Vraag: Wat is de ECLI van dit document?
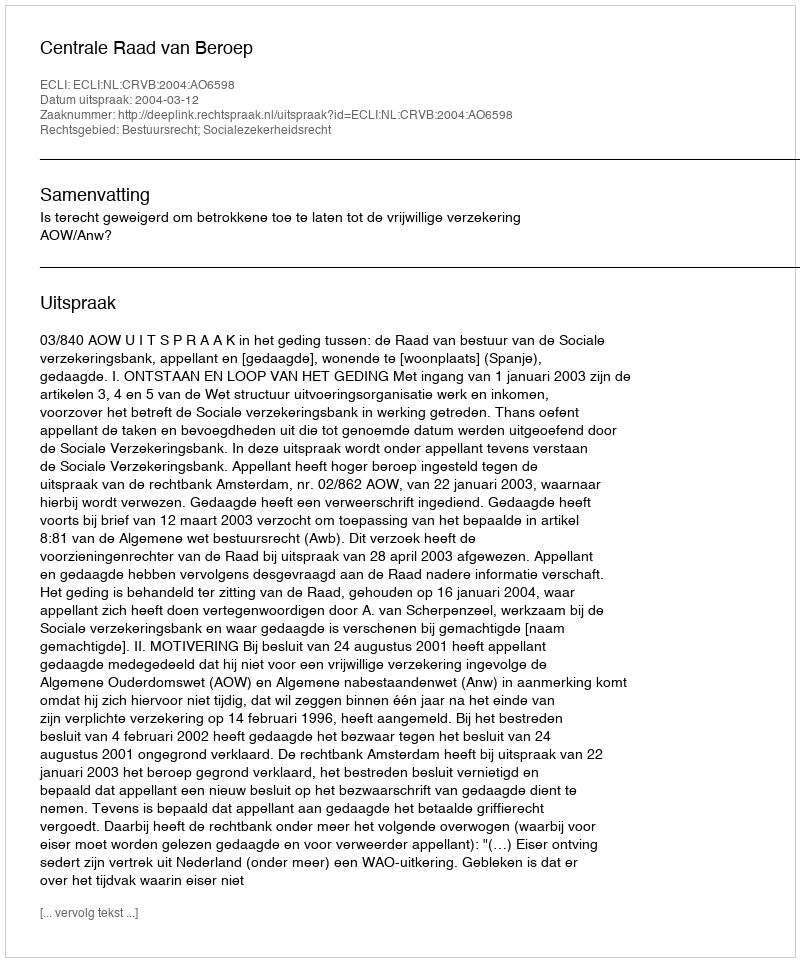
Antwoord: ECLI:NL:CRVB:2004:AO6598